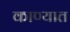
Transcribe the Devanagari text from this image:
काण्यात